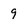
Character: 9